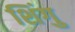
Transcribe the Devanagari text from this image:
शिंगु